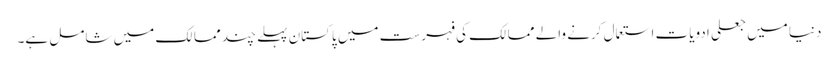
دنیا میں جعلی ادویات استعمال کرنے والے ممالک کی فہرست میں پاکستان پہلے چند ممالک میں شامل ہے۔